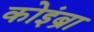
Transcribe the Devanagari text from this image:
कोइंब्रा